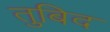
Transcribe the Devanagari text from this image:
तुबिद